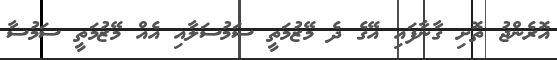
އޮރެންޖު ތޮށި ގާނާފައި އޭގެ ދެ މޭޒުމަތީ ސަމުސަލާއި އެއް މޭޒުމަތީ ސަމުސާ